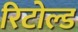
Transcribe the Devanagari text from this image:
रिटोल्ड